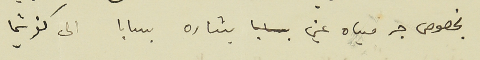
بخصوص جر مياه عين بشاره بسابا الى كفرشيما